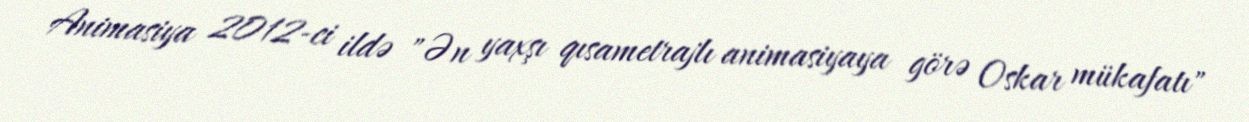
Animasiya 2012-ci ildə "Ən yaxşı qısametrajlı animasiyaya görə Oskar mükafatı"